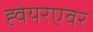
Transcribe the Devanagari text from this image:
ह्वेयरएवर